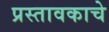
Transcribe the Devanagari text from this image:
प्रस्तावकाचे